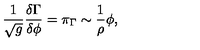
\frac 1 { \sqrt { g } } \frac { \delta \Gamma } { \delta \phi } = \pi _ { \Gamma } \sim \frac 1 \rho \phi ,